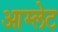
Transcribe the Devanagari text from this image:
आम्‍लेट